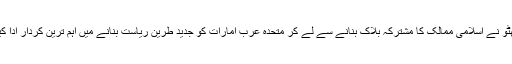
بھٹو نے اسلامی ممالک کا مشترکہ بلاک بنانے سے لے کر متحدہ عرب امارات کو جدید طرین ریاست بنانے میں اہم ترین کردار ادا کیا۔